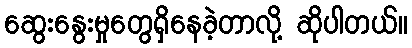
ဆွေးနွေးမှုတွေရှိနေခဲ့တာလို့ ဆိုပါတယ်။